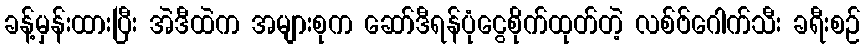
ခန့်မှန်းထားပြီး အဲဒီထဲက အများစုက ဆော်ဒီရန်ပုံငွေစိုက်ထုတ်တဲ့ လစ်ဗ်ဂေါက်သီး ခရီးစဉ်